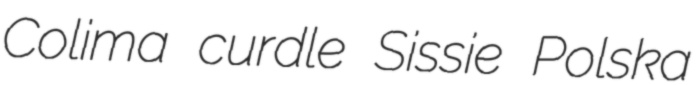
Colima curdle Sissie Polska